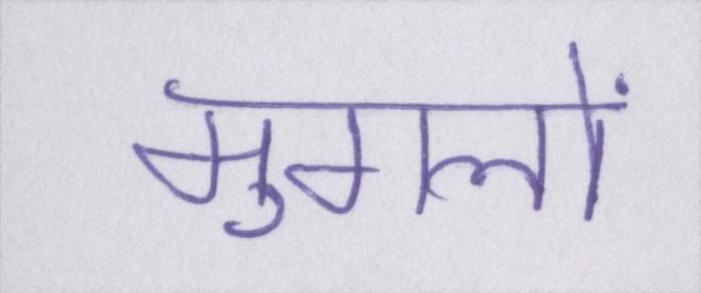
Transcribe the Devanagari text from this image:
मुगलों